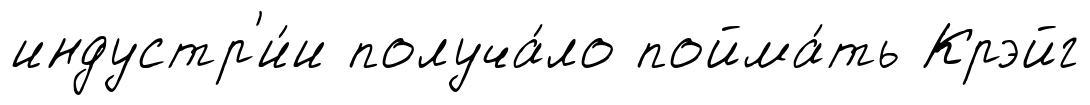
индустр'и́и получа́ло пойма́ть Крэйг